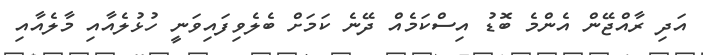
އަދި ރާއްޖޭން އެންމެ ބޮޑު އިސްކަމެއް ދޭނެ ކަމަށް ބެލެވިފައިވަނީ ހުޅުލެއާއި މާލެއާއި